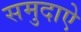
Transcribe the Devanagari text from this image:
समुदाऐ